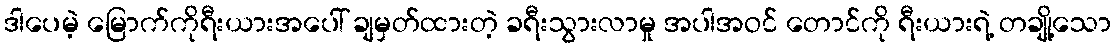
ဒါပေမဲ့ မြောက်ကိုရီးယားအပေါ် ချမှတ်ထားတဲ့ ခရီးသွားလာမှု အပါအဝင် တောင်ကို ရီးယားရဲ့ တချို့သော